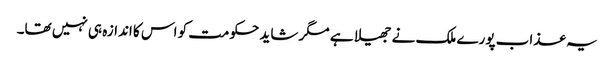
یہ عذاب پورے ملک نے جھیلا ہے مگر شاید حکومت کو اس کا اندازہ ہی نہیں تھا۔